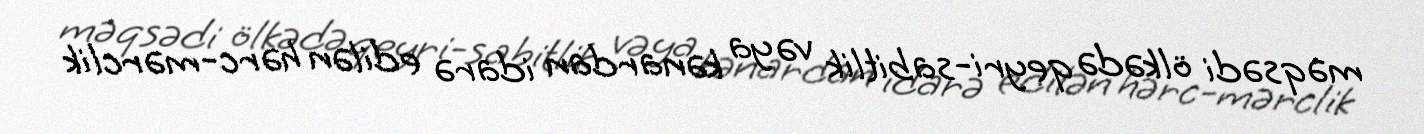
məqsədi ölkədə qeyri-sabitlik və ya kənardan idarə edilən hərc-mərclik